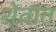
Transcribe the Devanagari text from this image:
शे्तांत